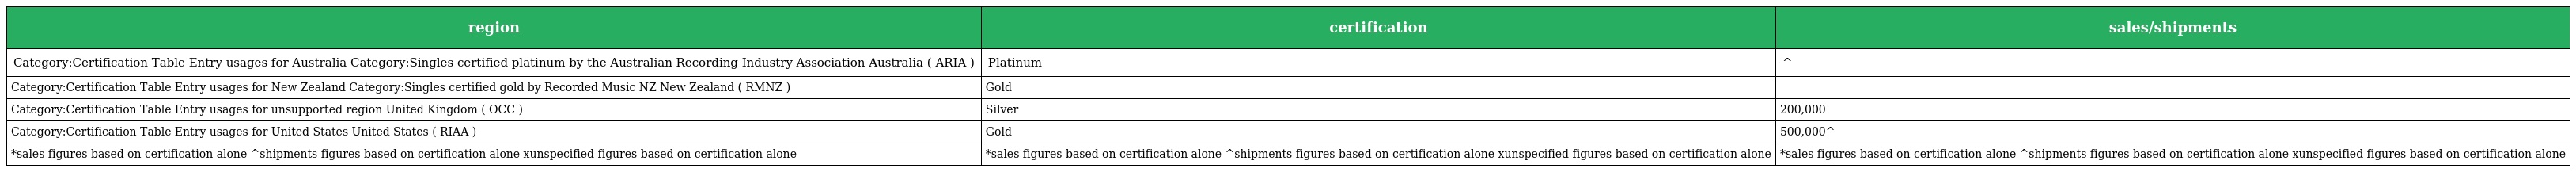
| region | certification | sales/shipments |
 | --- | --- | --- |
 | Category:Certification Table Entry usages for Australia Category:Singles certified platinum by the Australian Recording Industry Association Australia ( ARIA ) | Platinum | ^ |
 | Category:Certification Table Entry usages for New Zealand Category:Singles certified gold by Recorded Music NZ New Zealand ( RMNZ ) | Gold |  |
 | Category:Certification Table Entry usages for unsupported region United Kingdom ( OCC ) | Silver | 200,000 |
 | Category:Certification Table Entry usages for United States United States ( RIAA ) | Gold | 500,000^ |
 | *sales figures based on certification alone ^shipments figures based on certification alone xunspecified figures based on certification alone | *sales figures based on certification alone ^shipments figures based on certification alone xunspecified figures based on certification alone | *sales figures based on certification alone ^shipments figures based on certification alone xunspecified figures based on certification alone |